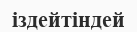
іздейтіндей